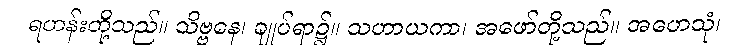
ရဟန်းတို့သည်။ သိဗ္ဗနေ၊ ချုပ်ရာ၌။ သဟာယကာ၊ အဖော်တို့သည်။ အဟေသုံ၊